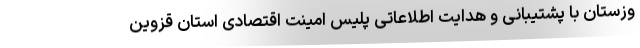
وزستان با پشتیبانی و هدایت اطلاعاتی پلیس امینت اقتصادی استان قزوین